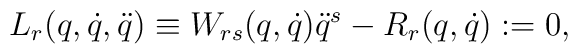
L_r(q,\dot q,\ddot q) \equiv W_{rs}(q,\dot q)\ddot q^s - R_r(q,\dot q):= 0,